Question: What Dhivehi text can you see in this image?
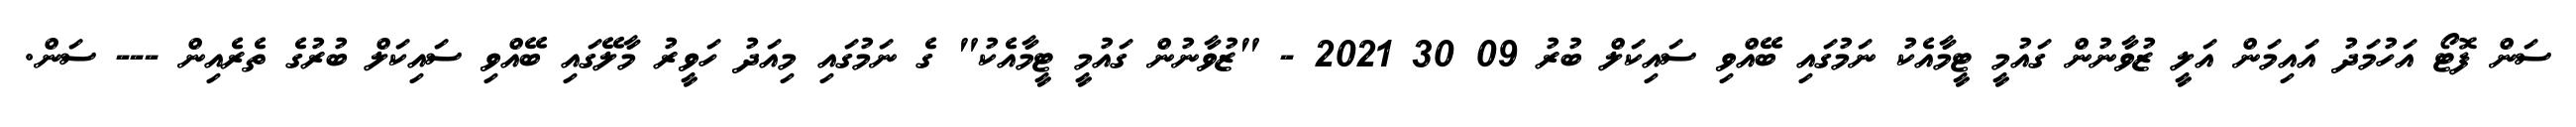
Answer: ސަން ފޮޓޯ އަހުމަދު އައިމަން އަލީ ޒުވާނުން ގައުމީ ޓީމާއެކު ނަމުގައި ބޭއްވި ސައިކަލް ބުރު 09 30 2021 - "ޒުވާނުން ގައުމީ ޓީމާއެކު" ގެ ނަމުގައި މިއަދު ހަވީރު މާލޭގައި ބޭއްވި ސައިކަލް ބުރުގެ ތެރެއިން --- ސަން.